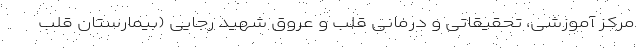
مرکز آموزشی، تحقیقاتی و درمانی قلب و عروق شهید رجایی (بیمارستان قلب